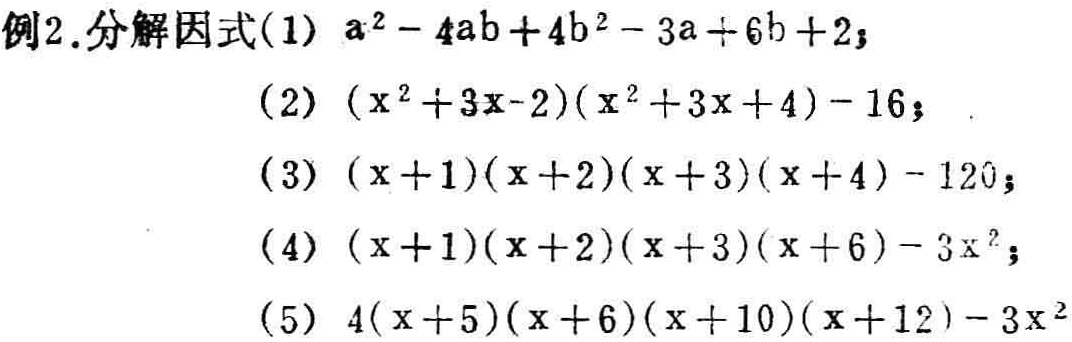
例2.分解因式

(1) \(a^{2}-4ab + 4b^{2}-3a + 6b + 2\)；

(2) \((x^{2}+3x - 2)(x^{2}+3x + 4)-16\)；

(3) \((x + 1)(x + 2)(x + 3)(x + 4)-120\)；

(4) \((x + 1)(x + 2)(x + 3)(x + 6)-3x^{2}\)；

(5) \(4(x + 5)(x + 6)(x + 10)(x + 12)-3x^{2}\)